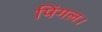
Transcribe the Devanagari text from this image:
पिंगल।